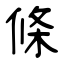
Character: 條